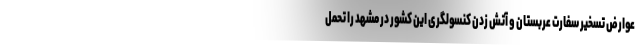
عوارض تسخیر سفارت عربستان و آتش زدن کنسولگری این کشور در مشهد را تحمل